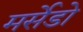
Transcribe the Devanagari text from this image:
मर्सेडो